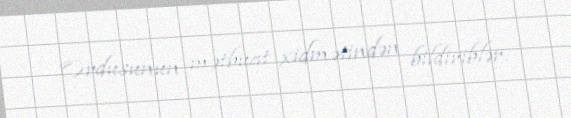
Ordusunun mətbuat xidmətindən bildiriblər.